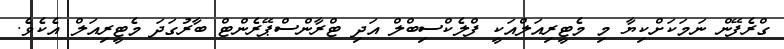
ގްރެފޭން ނަމަކަށްކިޔާ މި މެޓީރިއަލްއަކީ ފްލެކްސިބްލް އަދި ޓްރާންސްޕޭރެންޓް ބާރުގަދަ މެޓީރިއަލް އެކެވެ.